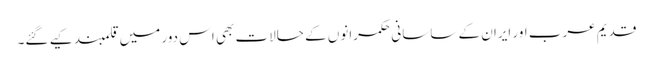
قدیم عرب اور ایران کے ساسانی حکمرانوں کے حالات بھی اس دور میں قلمبند کیے گئے۔